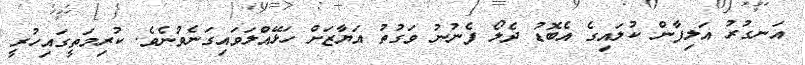
އަނގުރު އަލިފާން ކުލައިގެ އެބޮޑު ދެލޯ ފެނުނު ވަގުތު އަޔާޒަށް ހަޅޭއްލަވައިގަނެވުނެވެ. ކުރިމަތީގައިހުރީ